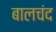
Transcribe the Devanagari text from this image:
बालचंद